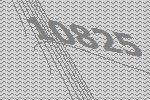
10825